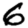
Digit: 6